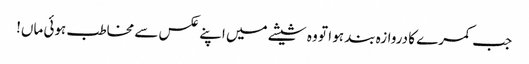
جب کمرے کا دروازہ بند ہو ا تو وہ شیشے میں اپنے عکس سے مخاطب ہوئی ماں!